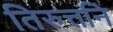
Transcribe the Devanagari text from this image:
तिरुत्तनि